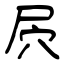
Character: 屄